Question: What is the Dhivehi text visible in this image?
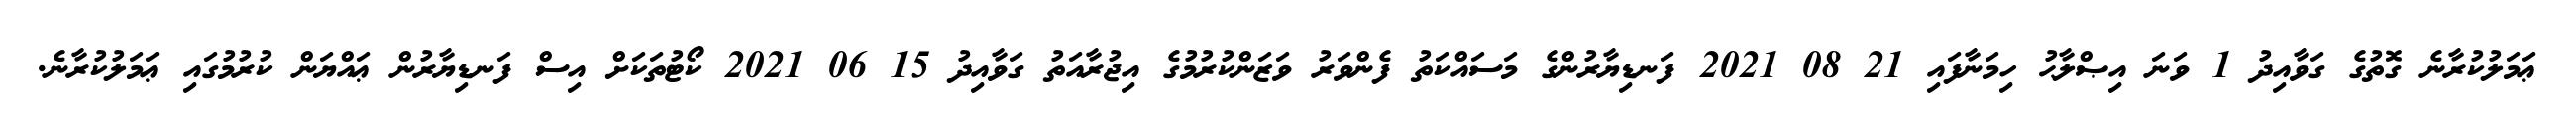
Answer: ޢަމަލުކުރާނެ ގޮތުގެ ގަވާއިދު 1 ވަނަ އިޞްލާޙު ހިމަނާފައި 21 08 2021 ފަނޑިޔާރުންގެ މަސައްކަތު ފެންވަރު ވަޒަންކުރުމުގެ އިޖުރާއަތު ގަވާއިދު 15 06 2021 ކޯޓުތަކަށް އިސް ފަނޑިޔާރުން ޢައްޔަން ކުރުމުގައި ޢަމަލުކުރާނެ.